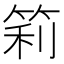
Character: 筣